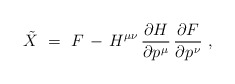
\begin{align*} \tilde{X}~=~F \, - \, H^{\mu\nu} \, \frac{\partial H}{\partial p\>\!^\mu} \, \frac{\partial F}{\partial p\>\!^\nu}~, \end{align*}